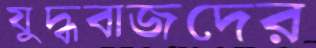
যুদ্ধবাজদের